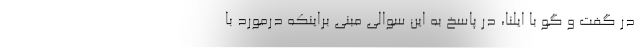
در گفت و گو با ایلنا، در پاسخ به این سوالی مبنی براینکه درمورد با